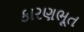
કારણભૂત